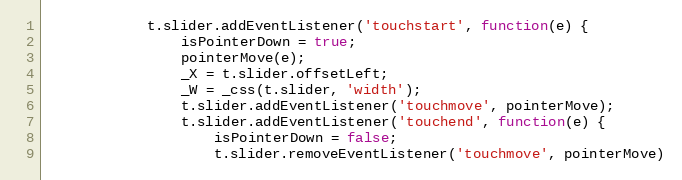
Language: JavaScript
			t.slider.addEventListener('touchstart', function(e) {
				isPointerDown = true;
				pointerMove(e);
				_X = t.slider.offsetLeft;
				_W = _css(t.slider, 'width');
				t.slider.addEventListener('touchmove', pointerMove);
				t.slider.addEventListener('touchend', function(e) {
					isPointerDown = false;
					t.slider.removeEventListener('touchmove', pointerMove)